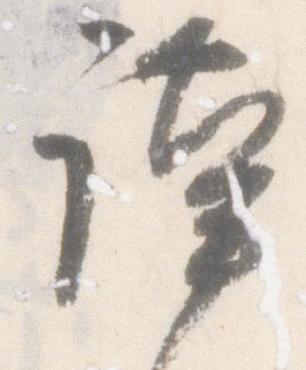
謹